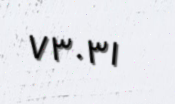
٧٣٠٣١